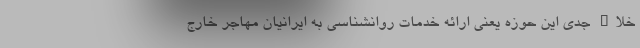
خلاء جدی این حوزه یعنی ارائه خدمات روانشناسی به ایرانیان مهاجر خارج